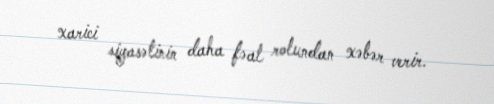
xarici siyasətinin daha fəal rolundan xəbər verir.